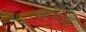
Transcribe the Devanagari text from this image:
घट्नाओ